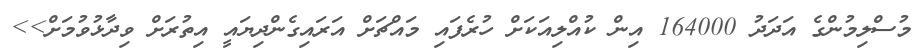
މުސްލިމުންގެ އަދަދު 164000 އިން ކުއްލިއަކަށް ހުރެފައި މައްޗަށް އަރައިގެންދިޔައީ އިތުރަށް ވިދާޅުވުމަށް>>